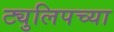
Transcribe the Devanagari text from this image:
ट्युलिपच्या